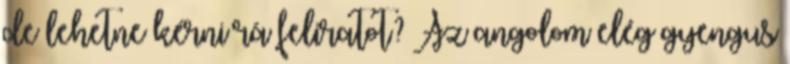
de lehetne kérni rá feliratot? Az angolom elég gyengus